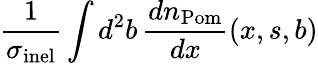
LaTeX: \frac{1}{\sigma_{\mathrm{inel}}}\int d^{2}b\, \frac{dn_{\mathrm{Pom}}}{dx}(x,s,b)